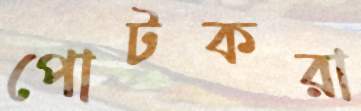
পোটকরা